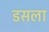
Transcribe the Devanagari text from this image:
डसला